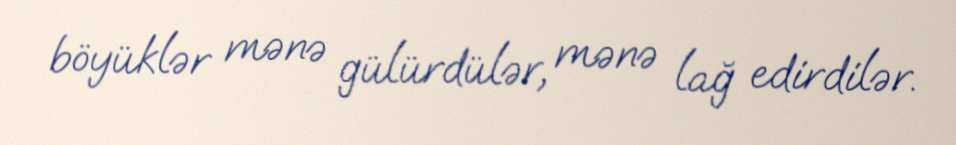
böyüklər mənə gülürdülər, mənə lağ edirdilər.